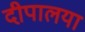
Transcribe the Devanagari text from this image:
दीपालया